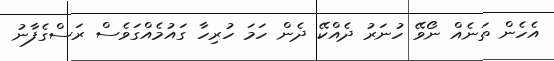
އެހެން ތަނެއް ނޯވޭ ހުނަރު ދެއްކޭ ދެން ހަމަ ހުރިހާ ގައުމެއްގަވެސް ރަސްގެފާނު